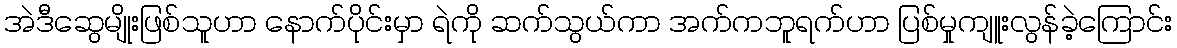
အဲဒီဆွေမျိုးဖြစ်သူဟာ နောက်ပိုင်းမှာ ရဲကို ဆက်သွယ်ကာ အက်ကဘူရက်ဟာ ပြစ်မှုကျူးလွန်ခဲ့ကြောင်း